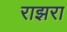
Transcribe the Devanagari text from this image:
राझरा